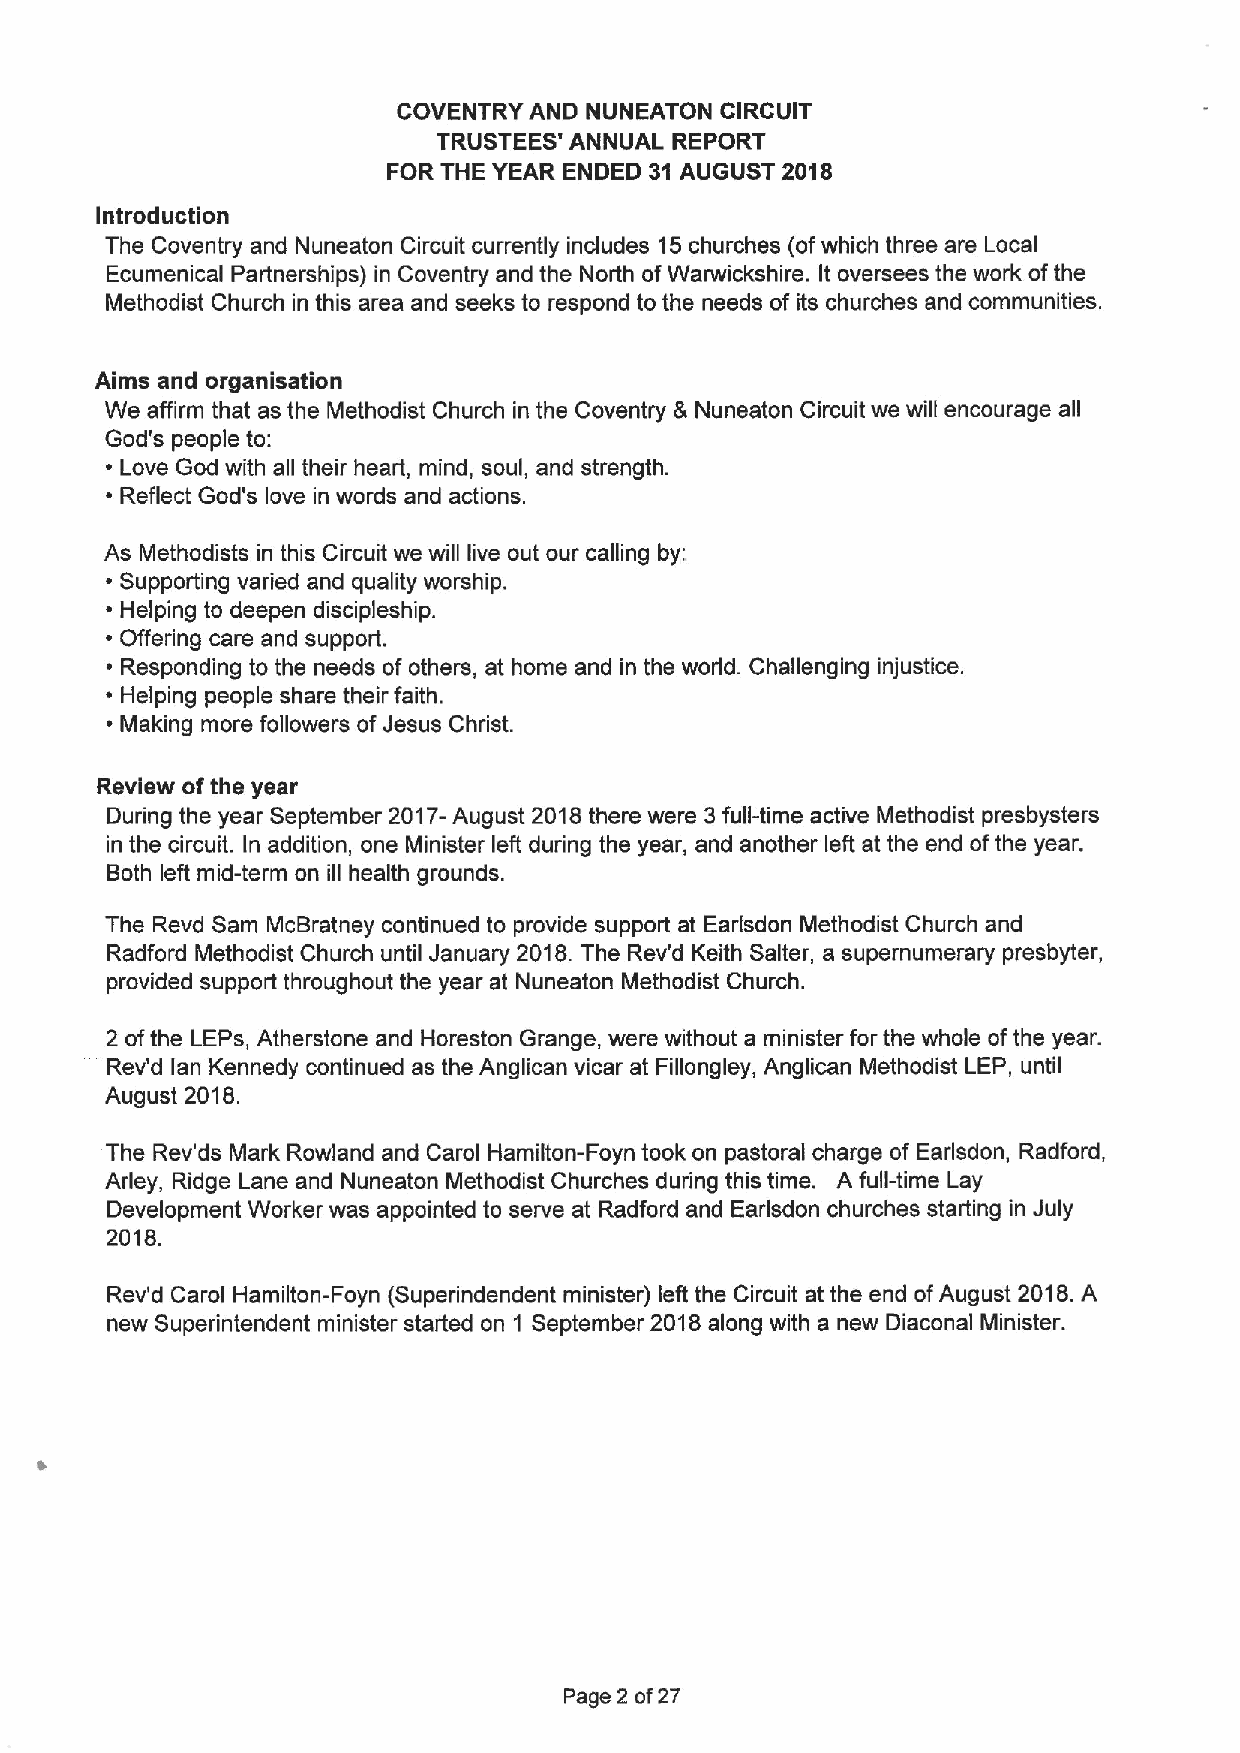
COVENTRY AND NUNEATON CIRCUIT
 TRUSTEES' ANNUAL REPORT
 FOR THE YEAR ENDED 31 AUGUST 2018
 Introduction
 The Coventry and Nuneaton Circuit currently includes 15churches (ofwhich three are Local
 Ecumenical Partnerships) in Coventry and the North ofWarwickshire. It oversees the work ofthe
 Methodist Church in this area and seeks to respond to the needs of its churches and communities.
 Aims and organisation
 We affirm that as the Methodist Church in the Coventry 8 Nuneaton Circuit we will encourage all
 God's people to:
 ~ Love God with all their heart, mind, soul, and strength.
 ~ Reflect God's love in words and actions.
 As Methodists in this Circuit we will live out our calling by:
 ~ Supporting varied and quality worship.
 ~ Helping to deepen discipleship.
 ~ Offering care and support.
 ~ Responding to the needs of others, at home and in the world. Challenging injustice.
 ~ Helping people share their faith.
 ~ Making more followers ofJesus Christ.
 Review ofthe year
 During the year September 2017-August 2018there were 3full-time active Methodist presbysters
 in the circuit. In addition, one Minister left during the year, and another left at the end ofthe year.
 Both left mid-term on ill health grounds.
 The Revd Sam McBratney continued to provide support at Earlsdon Methodist Church and
 Radford Methodist Church until January 2018.The Rev'd Keith Salter, a supernumerary presbyter,
 provided support throughout the year at Nuneaton Methodist Church.
 2 ofthe LEPs, Atherstone and Horeston Grange, were without a minister for the whole ofthe year.
 Rev'd lan Kennedy continued as the Anglican vicar at Fillongley, Anglican Methodist LEP, until
 August 2018.
 The Rev'ds Mark Rowland and Carol Hamilton-Foyn took on pastoral charge of Earlsdon, Redford,
 Arley, Ridge Lane and Nuneaton Methodist Churches during this time. A full-time Lay
 Development Worker was appointed to serve at Radford and Earlsdon churches starting in July
 2018.
 Rev'd Carol Hamilton-Foyn (Superindendent minister) left the Circuit at the end ofAugust 2018.A
 new Superintendent minister started on 1 September 2018along with a new Diaconal Minister.
 Page 2 of27